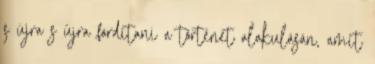
s újra s újra fordítani a történet alakulásán, amit